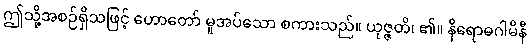
ဤသို့အစဉ်ရှိသဖြင့် ဟောတော် မူအပ်သော စကားသည်။ ယုဇ္ဇတိ၊ ၏။ နိရောဓဂါမိနီ